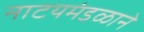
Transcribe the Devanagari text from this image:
नाटयमंडळाने